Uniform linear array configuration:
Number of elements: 16
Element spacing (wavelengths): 0.5
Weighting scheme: blackman
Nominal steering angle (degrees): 30
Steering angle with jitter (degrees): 31.11
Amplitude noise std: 0.05
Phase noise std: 0.05

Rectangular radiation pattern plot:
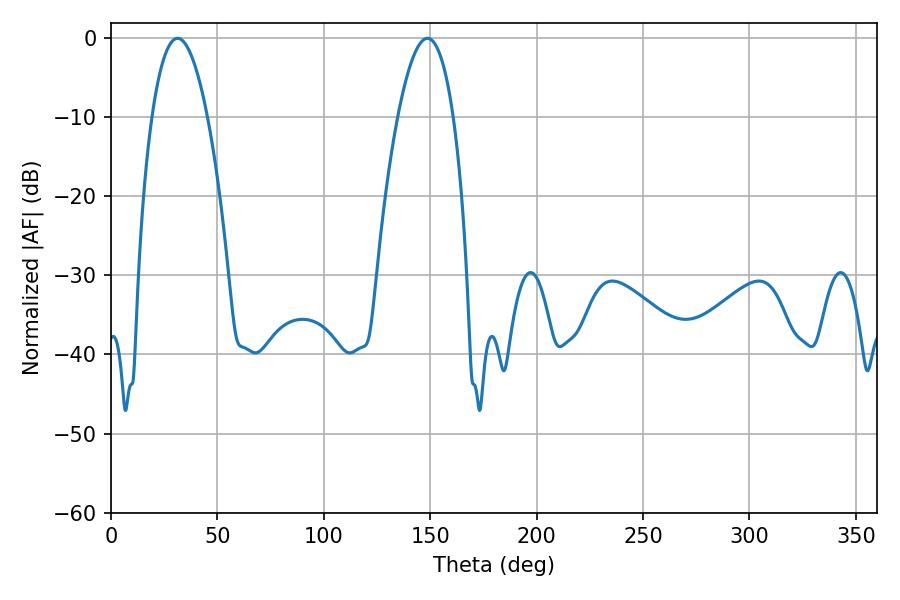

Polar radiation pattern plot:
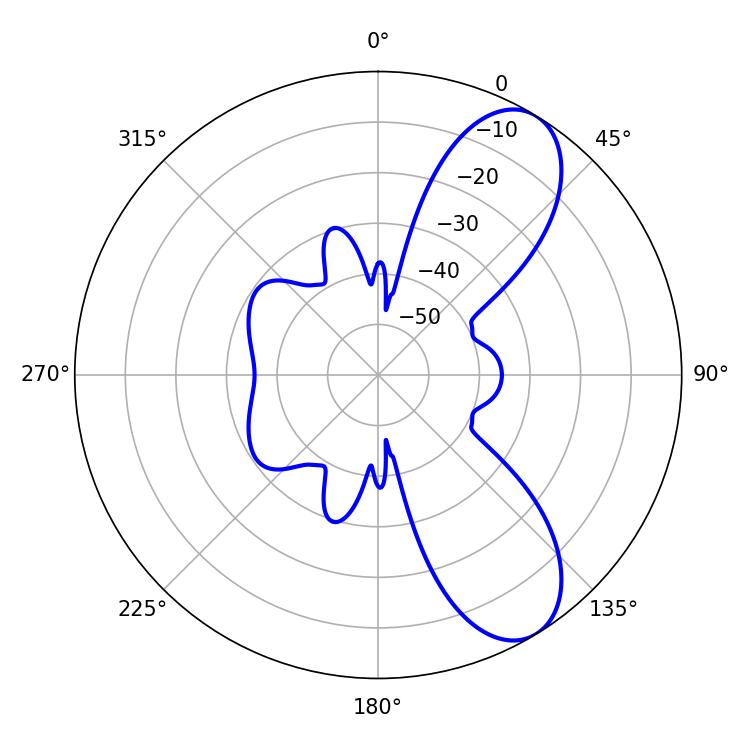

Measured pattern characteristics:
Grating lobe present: FALSE
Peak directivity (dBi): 8.514
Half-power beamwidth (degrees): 14.4
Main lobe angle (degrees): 31.32